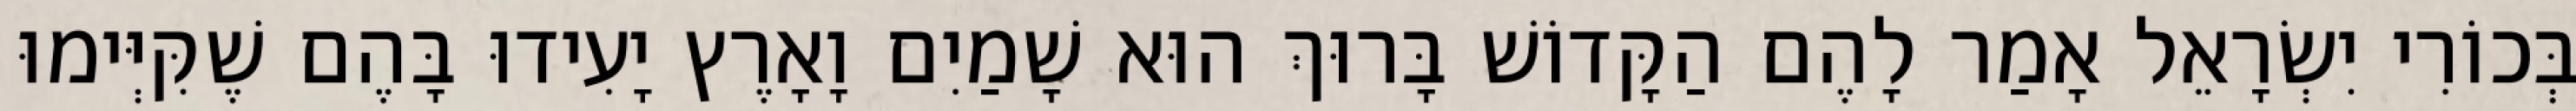
בְּכוֹרִי יִשְׂרָאֵל אָמַר לָהֶם הַקָּדוֹשׁ בָּרוּךְ הוּא שָׁמַיִם וָאָרֶץ יָעִידוּ בָּהֶם שֶׁקִּיְּימוּ